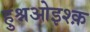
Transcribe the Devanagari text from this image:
हुश्नओइश्क़